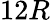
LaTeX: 12R